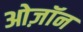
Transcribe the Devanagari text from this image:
ओज़ॉन